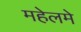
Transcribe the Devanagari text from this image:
महेलमे